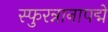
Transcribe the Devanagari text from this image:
स्फुरन्नानापद्मे